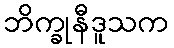
ဘိက္ခုနီဒူသက